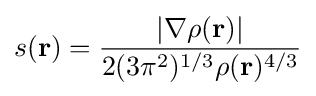
s(\mathbf {r} )={\frac {\left|\nabla \rho (\mathbf {r} )\right|}{2(3\pi ^{2})^{1/3}\rho (\mathbf {r} )^{4/3}}}